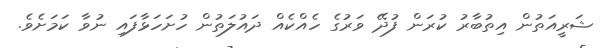
ޝަރީއަތުން އިތުބާރު ކުރަން ފުދޭ ވަރުގެ ހެއްކެއް ދައުލަތުން ހުށަހަޅާފައި ނުވާ ކަމަށެވެ.